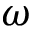
\omega